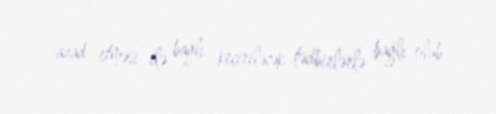
azad etməsi ilə bağlı keçiriləcək tədbirlərlə bağlı olub.